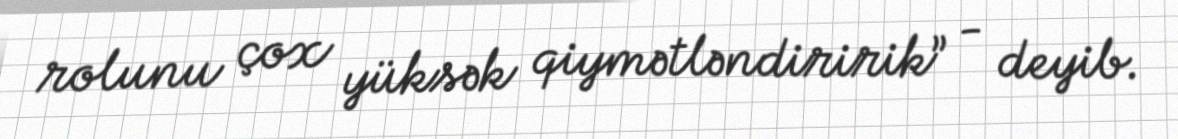
rolunu çox yüksək qiymətləndiririk” - deyib.